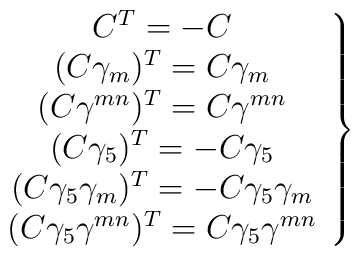
\left.\begin{array}{c}  C^T=-C\\  (C\gamma_m)^T=C\gamma_m\\  (C\gamma^{mn})^T=C\gamma^{mn}\\  (C\gamma_5)^T=-C\gamma_5\\  (C\gamma_5\gamma_m)^T=-C\gamma_5\gamma_m\\  (C\gamma_5\gamma^{mn})^T=C\gamma_5\gamma^{mn}  \end{array}\right\}